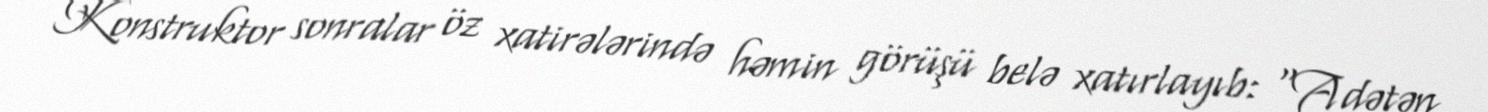
Konstruktor sonralar öz xatirələrində həmin görüşü belə xatırlayıb: “Adətən